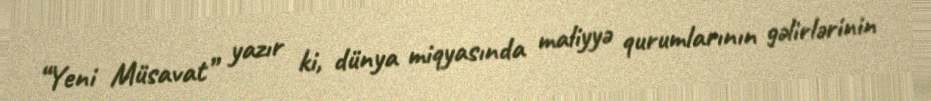
“Yeni Müsavat” yazır ki, dünya miqyasında maliyyə qurumlarının gəlirlərinin